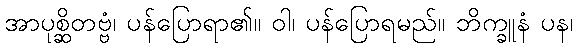
အာပုစ္ဆိတဗ္ဗံ၊ ပန်ပြောရာ၏။ ဝါ၊ ပန်ပြောရမည်။ ဘိက္ခူနံ ပန၊